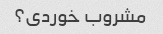
مشروب خوردی؟